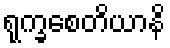
ရုက္ခစေတိယာနိ